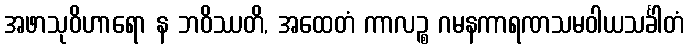
အဖာသုဝိဟာရော န ဘဝိဿတိ, အထေတံ ကာလဉ္စ ဂမနကာရဏသမဝါယသင်္ခါတံ